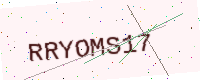
Text: RRYOMS17